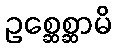
ဥစ္ဆေစ္ဆာမိ